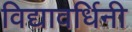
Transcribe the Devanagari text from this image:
विद्यावर्धिनी